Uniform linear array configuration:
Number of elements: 64
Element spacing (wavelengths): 1
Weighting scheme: exponential
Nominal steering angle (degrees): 30
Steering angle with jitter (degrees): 28.127
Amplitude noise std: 0.05
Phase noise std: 0.05

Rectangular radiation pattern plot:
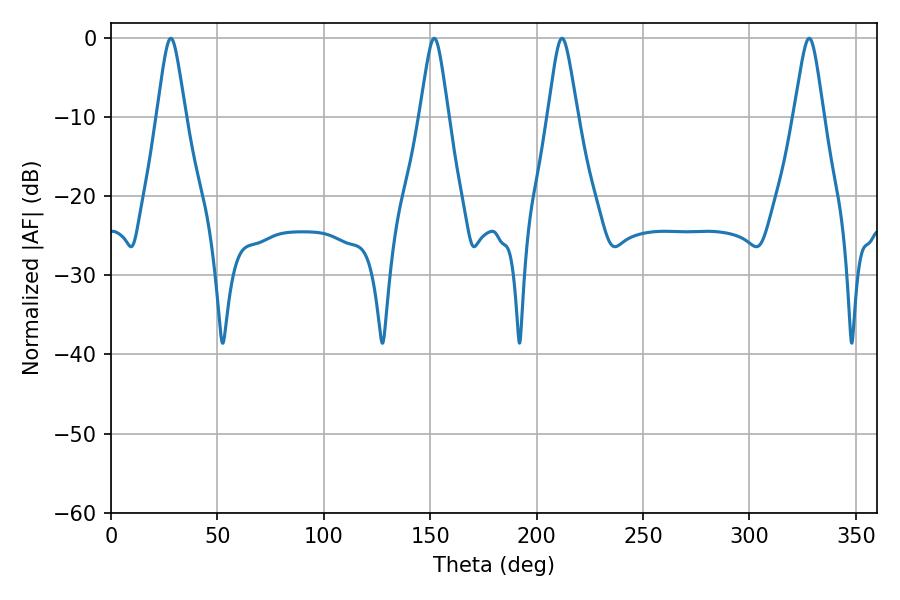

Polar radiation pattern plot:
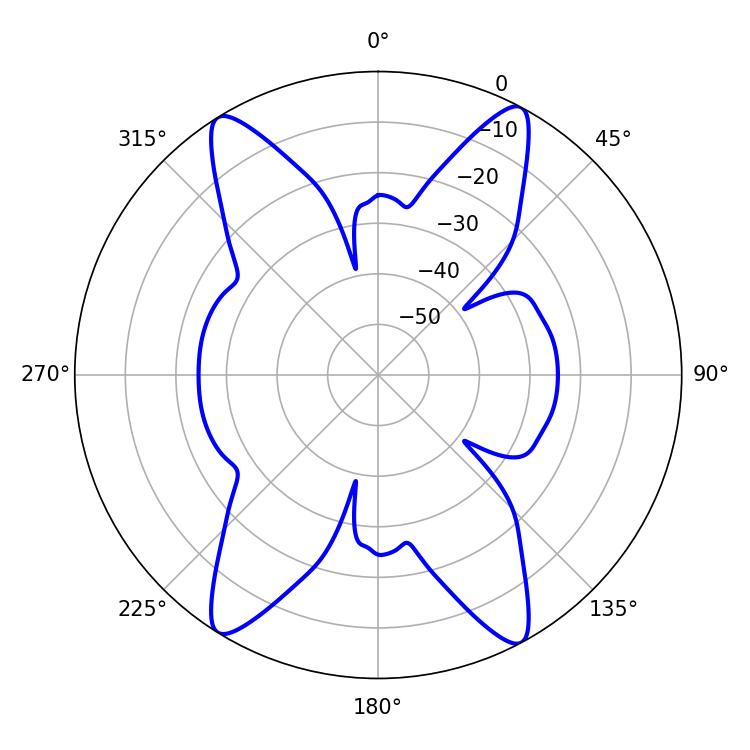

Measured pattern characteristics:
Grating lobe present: TRUE
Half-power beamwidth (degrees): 6.3
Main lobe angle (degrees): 28.08